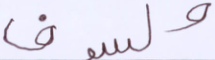
ولسوف